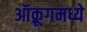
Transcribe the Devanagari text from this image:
ऑक्रूगमध्ये